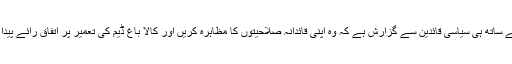
اس کے ساتھ ہی سیاسی قائدین سے گزارش ہے کہ وہ اپنی قائدانہ صلاحیتوں کا مظاہرہ کریں اور کالا باغ ڈیم کی تعمیر پر اتفاق رائے پیدا کریں۔